Vaccination in Bombay 1874-1876 - 1874-1876
Year: 1874
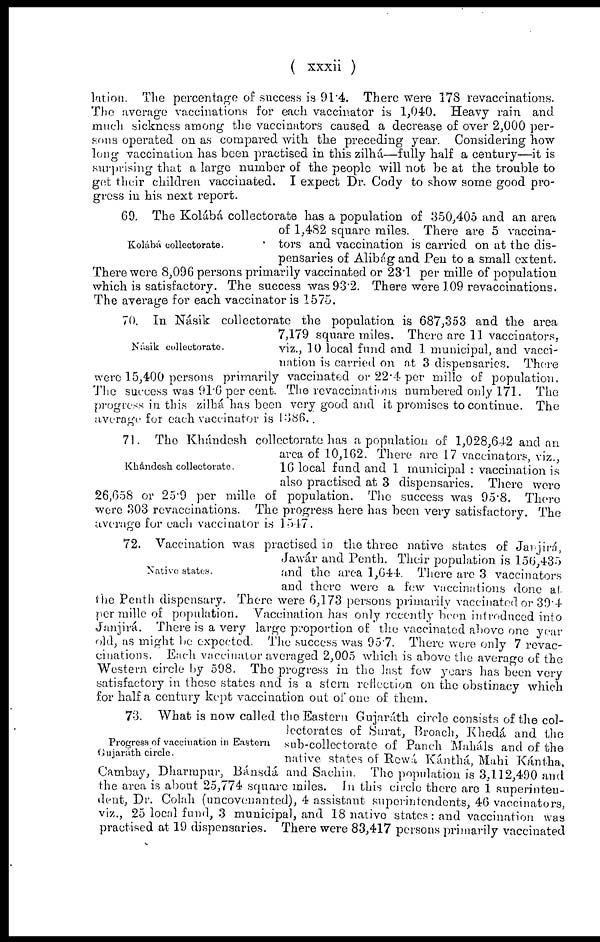
( xxxii )
lation. The percentage of success is 91.4. There were 178 revaccinations.
The average vaccinations for each vaccinator is 1,040. Heavy rain and
much sickness among the vaccinators caused a decrease of over 2,000 per-
sons operated on as compared with the preceding year. Considering how
long vaccination has been practised in this zilhá—fully half a century—it is
surprising that a large number of the people will not be at the trouble to
get their children vaccinated. I expect Dr. Cody to show some good pro-
gress in his next report.
Kolábá collectorate.
69. The Kolábá collectorate has a population of 350,405 and an area
of 1,482 square miles. There are 5 vaccina-
tors and vaccination is carried on at the dis-
pensaries of Alibág and Pen to a small extent.
There were 8,096 persons primarily vaccinated or 23.1 per mille of population
which is satisfactory. The success was 93.2. There were 109 revaccinations.
The average for each vaccinator is 1575.
Násik collectorate.
70. In Násik collectorate the population is 687,353 and the area
7,179 square miles. There are 11 vaccinators,
viz., 10 local fund and 1 municipal, and vacci-
nation is carried on at 3 dispensaries. There
were 15,400 persons primarily vaccinated or 22.4 per mille of population.
The success was 91.6 per cent. The revaccinations numbered only 171. The
progress in this zilhá has been very good and it promises to continue, The
average for each vaccinator is 1386..
Khándesh collectorate.
71. The Khándesh collectorate has a population of 1,028,642 and an
area of 10,162. There are 17 vaccinators, viz.,
16 local fund and 1 municipal : vaccination is
also practised at 3 dispensaries. There were
26,658 or 25.9 per mille of population. The success was 95.8. There
were 303 revaccinations. The progress here has been very satisfactory. The
average for each vaccinator is 1547.
Native states.
72. Vaccination was practised in the three native states of Janjirá,
Jawár and Penth. Their population is 156,435
and the area 1,644. There are 3 vaccinators
and there were a few vaccinations done at.
the Penth dispensary. There were 6,173 persons primarily vaccinated or 39.4
per mille of population. Vaccination has only recently been introduced into
Janjirá. There is a very large proportion of the vaccinated above one year
old, as might be expected. The success was 95.7. There were only 7 revac-
-inations. Each vaccinator averaged 2,005 which is above the average of the
Western circle by 598. The progress in the last few years has been very
satisfactory in these states and is a stern reflection on the obstinacy which
for half a century kept vaccination out of one of them.
Progress of vaccination in Eastern
Gujaráth circle.
73. What is now called the Eastern Gujaráth circle consists of the col-
lectorates of Surat, Broach, Khedá and the
sub-collectorate of Punch Maháls and of the
native states of Rewá Kánthá, Mahi Kántha,
Cambay,_ Dharmpur, Bánsdá and Sachin. The population is 3,112,490 and
the area is about 25,774 square miles. In this circle there are 1 superinten-
dent, Dr. Colah (uncovenanted), 4 assistant superintendents, 46 vaccinators,
viz., 25 local fund, 3 municipal, and 18 native states: and vaccination was
practised at 19 dispensaries. There were 83,417 persons primarily vaccinated